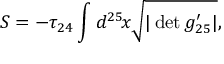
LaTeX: S = - \tau _ { 2 4 } \int d ^ { 2 5 } \! x \sqrt { | \operatorname * { d e t } g _ { 2 5 } ^ { \prime } | } ,